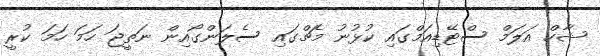
ޝާހް އަލަމް ސްޓޭޑިއަމްގައި ކުޅުނު މެޗްގައި ސެލަންގޯއިން ނަތީޖަ ހަމަ ހަމަ ކުރީ